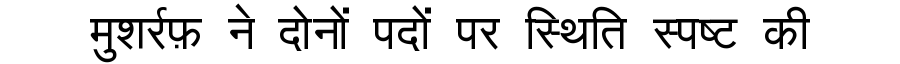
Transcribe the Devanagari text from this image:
मुशर्रफ़ ने दोनों पदों पर स्थिति स्पष्ट की